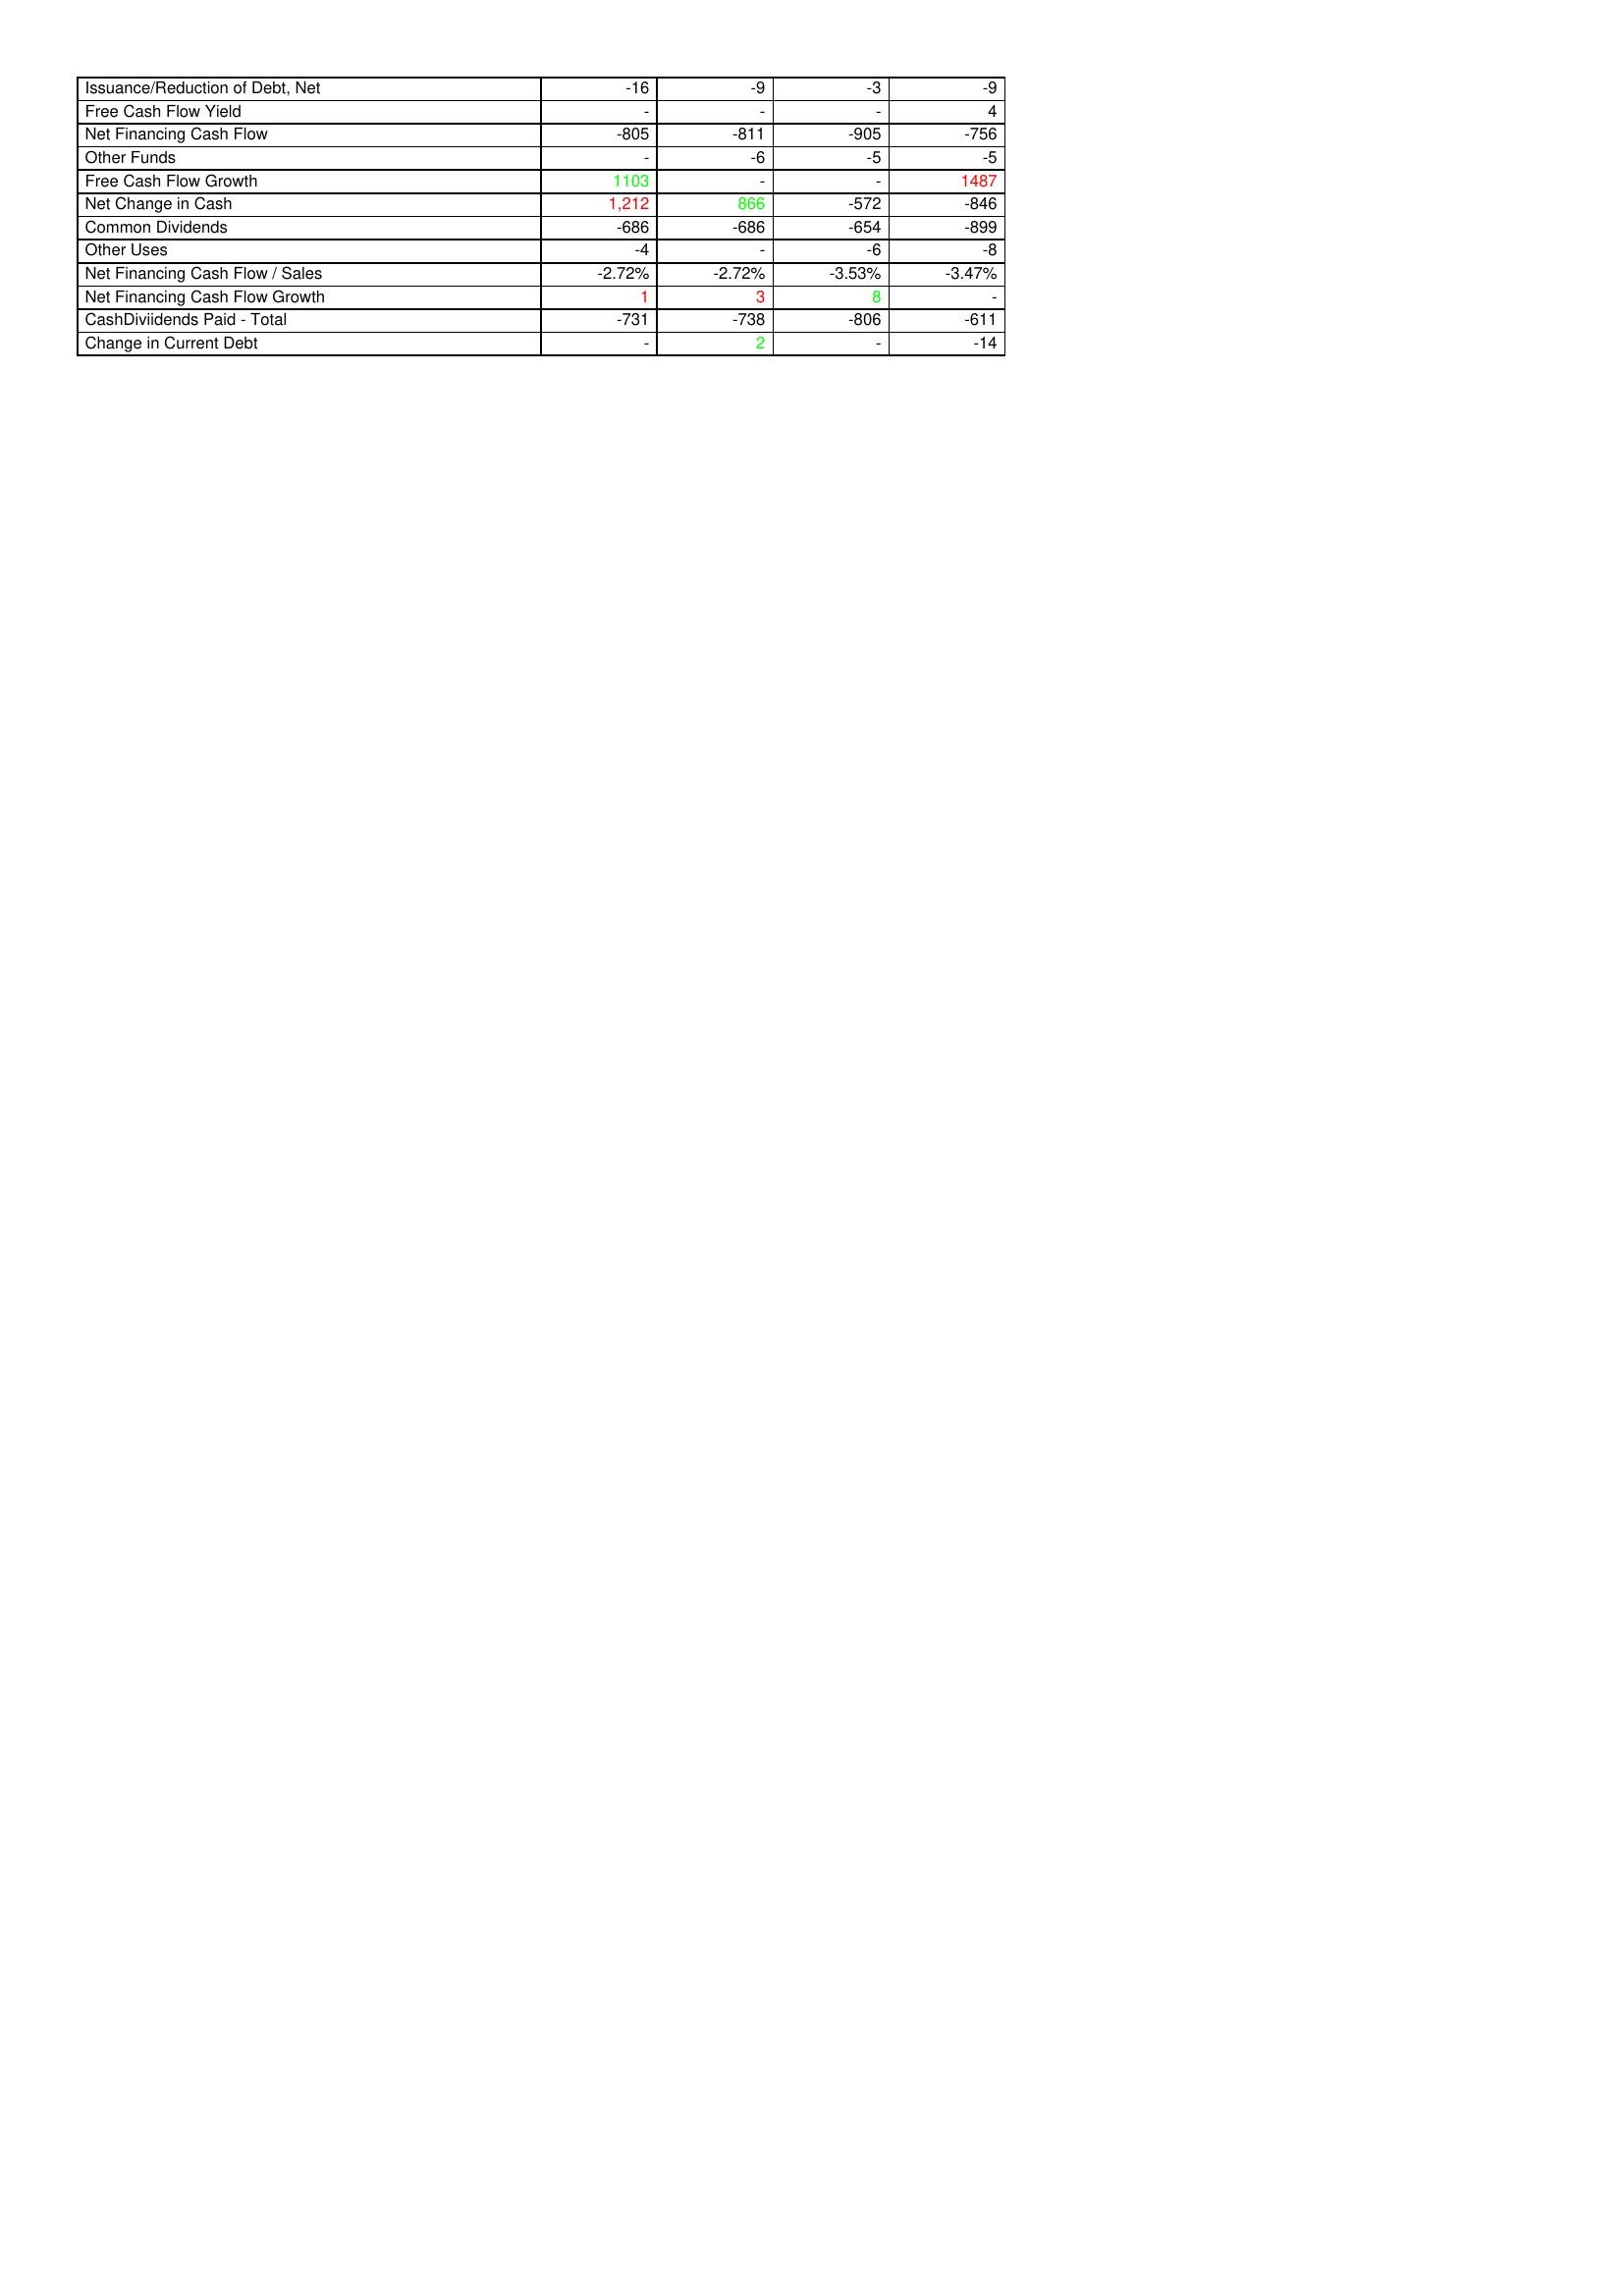
gt_parse: 2017: Financing Activities: Issuance/Reduction of Debt, Net: -16
Free Cash Flow Yield: -
Net Financing Cash Flow: -805
Other Funds: -
Free Cash Flow Growth: 1103
Net Change in Cash: 1,212
Common Dividends: -686
Other Uses: -4
Net Financing Cash Flow / Sales: -2.72%
Net Financing Cash Flow Growth: 1
CashDiviidends Paid - Total: -731
Change in Current Debt: -
2018: Financing Activities: Issuance/Reduction of Debt, Net: -9
Free Cash Flow Yield: -
Net Financing Cash Flow: -811
Other Funds: -6
Free Cash Flow Growth: -
Net Change in Cash: 866
Common Dividends: -686
Other Uses: -
Net Financing Cash Flow / Sales: -2.72%
Net Financing Cash Flow Growth: 3
CashDiviidends Paid - Total: -738
Change in Current Debt: 2
2019: Financing Activities: Issuance/Reduction of Debt, Net: -3
Free Cash Flow Yield: -
Net Financing Cash Flow: -905
Other Funds: -5
Free Cash Flow Growth: -
Net Change in Cash: -572
Common Dividends: -654
Other Uses: -6
Net Financing Cash Flow / Sales: -3.53%
Net Financing Cash Flow Growth: 8
CashDiviidends Paid - Total: -806
Change in Current Debt: -
2020: Financing Activities: Issuance/Reduction of Debt, Net: -9
Free Cash Flow Yield: 4
Net Financing Cash Flow: -756
Other Funds: -5
Free Cash Flow Growth: 1487
Net Change in Cash: -846
Common Dividends: -899
Other Uses: -8
Net Financing Cash Flow / Sales: -3.47%
Net Financing Cash Flow Growth: -
CashDiviidends Paid - Total: -611
Change in Current Debt: -14